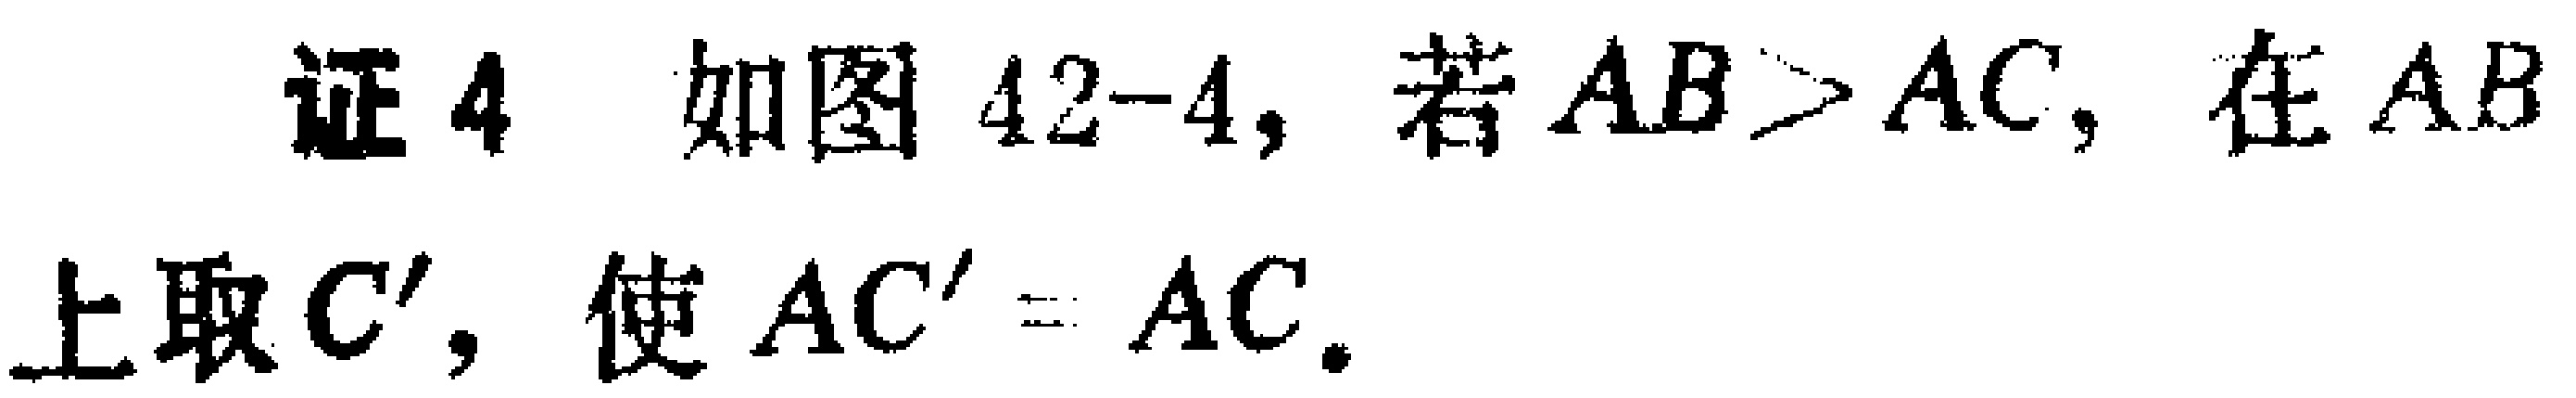
证4 如图42-4, 若 \(AB > AC\), 在 \(AB\) 上取 \(C'\), 使 \(AC' = AC\).